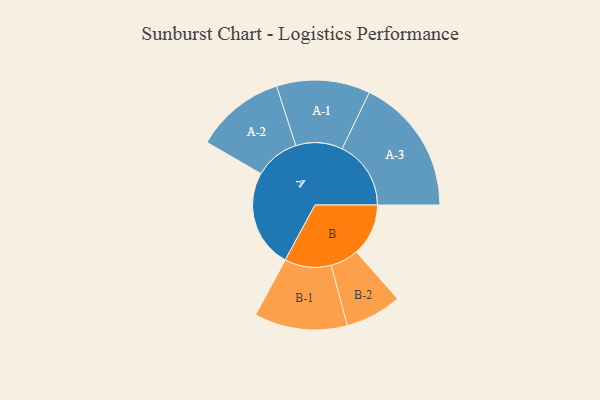
{"axis": {"x": "Segment", "y": "Value"}, "legend": ["", "A", "B"], "data": [{"x": "A", "y": 428, "type": ""}, {"x": "B", "y": 227, "type": ""}, {"x": "A-1", "y": 204, "type": "A"}, {"x": "A-2", "y": 196, "type": "A"}, {"x": "A-3", "y": 300, "type": "A"}, {"x": "B-1", "y": 203, "type": "B"}, {"x": "B-2", "y": 123, "type": "B"}]}